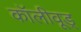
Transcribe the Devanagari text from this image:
कॉलीवूड्